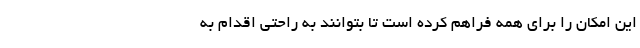
این امکان را برای همه فراهم کرده است تا بتوانند به راحتی اقدام به